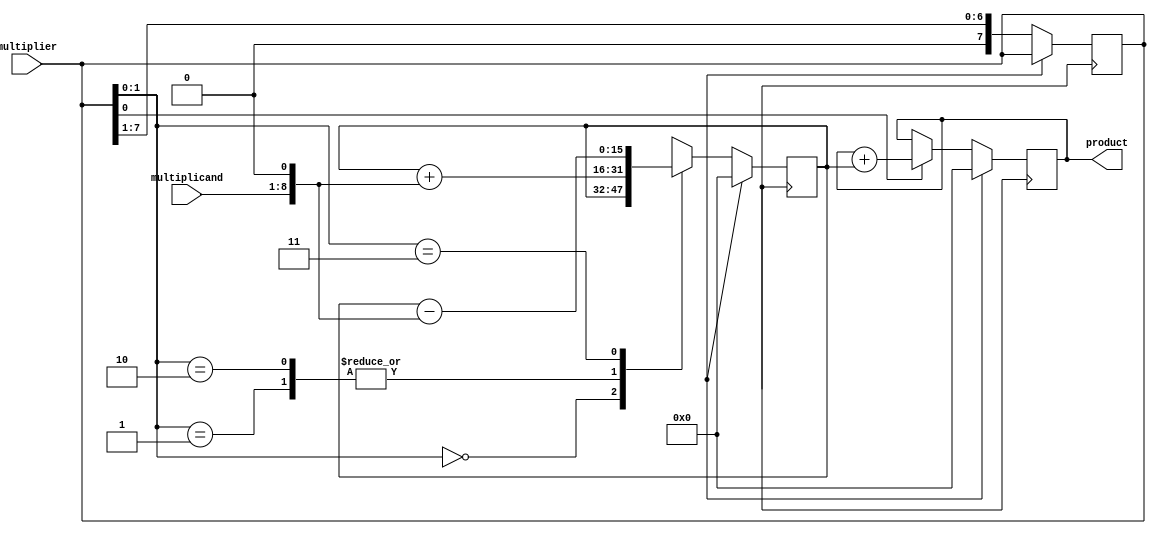
module Booth_Multiplier(
    input wire [7:0] multiplier,
    input wire [7:0] multiplicand,
    output reg [15:0] product
);

reg [15:0] partial_product;

initial
begin
    partial_product = 0;
    product = 0;
end

always @(posedge clk)
begin
    if (reset)
    begin
        partial_product <= 0;
        product <= 0;
    end
    else
    begin
        case(multiplier[1:0])
            2'b00: partial_product <= partial_product;
            2'b01: partial_product <= partial_product + (multiplicand << 1);
            2'b10: partial_product <= partial_product + (multiplicand << 1);
            2'b11: partial_product <= partial_product - (multiplicand << 1);
        endcase
        
        if (multiplier[0] == 1)
            product <= product + partial_product;
        
        multiplier <= multiplier >> 1;
    end
end

endmodule